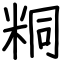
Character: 粡